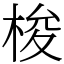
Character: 梭